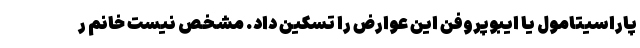
پاراسیتامول یا ایبوپروفن این عوارض را تسکین داد. مشخص نیست خانم ر